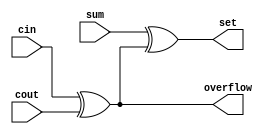
module overflow_1b(cin, cout, sum, set, overflow);
	input cin, cout, sum;
	output set, overflow;
	
	xor xo1 (overflow, cin, cout);
	xor xo2 (set, sum, overflow);
endmodule